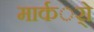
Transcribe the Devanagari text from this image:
मार्कर्ो